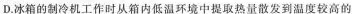
D.冰箱的制冷机工作时从箱内低温环境中提取热量散发到温度较高的